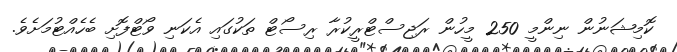
ކޮމިޝަނުން ނިންމީ 250 މީހުން ރަޖިސްޓްރީކުރާ ރިސޯޓް ތަކުގައި އެކަނި ވޯޓްފޮށި ބެހެއްޓުމަށެވެ.